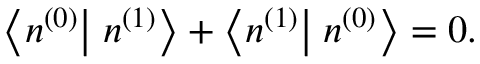
\left\langle n ^ { ( 0 ) } \right| \left. n ^ { ( 1 ) } \right\rangle + \left\langle n ^ { ( 1 ) } \right| \left. n ^ { ( 0 ) } \right\rangle = 0 .